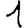
Digit: 1